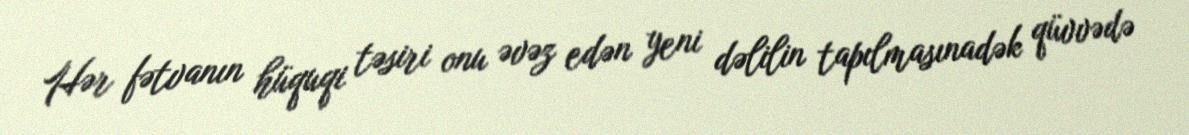
Hər fətvanın hüquqi təsiri onu əvəz edən yeni dəlilin tapılmasınadək qüvvədə